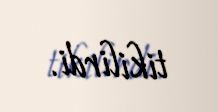
tikilirdi.